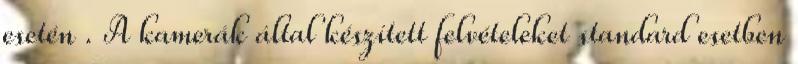
esetén . A kamerák által készített felvételeket standard esetben